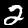
Digit: 2